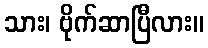
သား၊ ဗိုက်ဆာပြီလား။